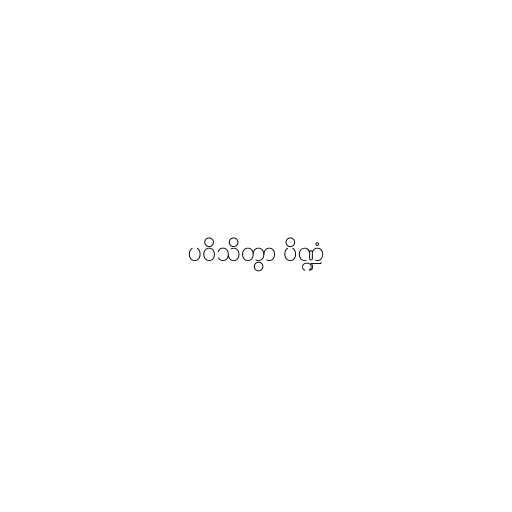
ပဝိသိတွာ ပိဏ္ဍံ